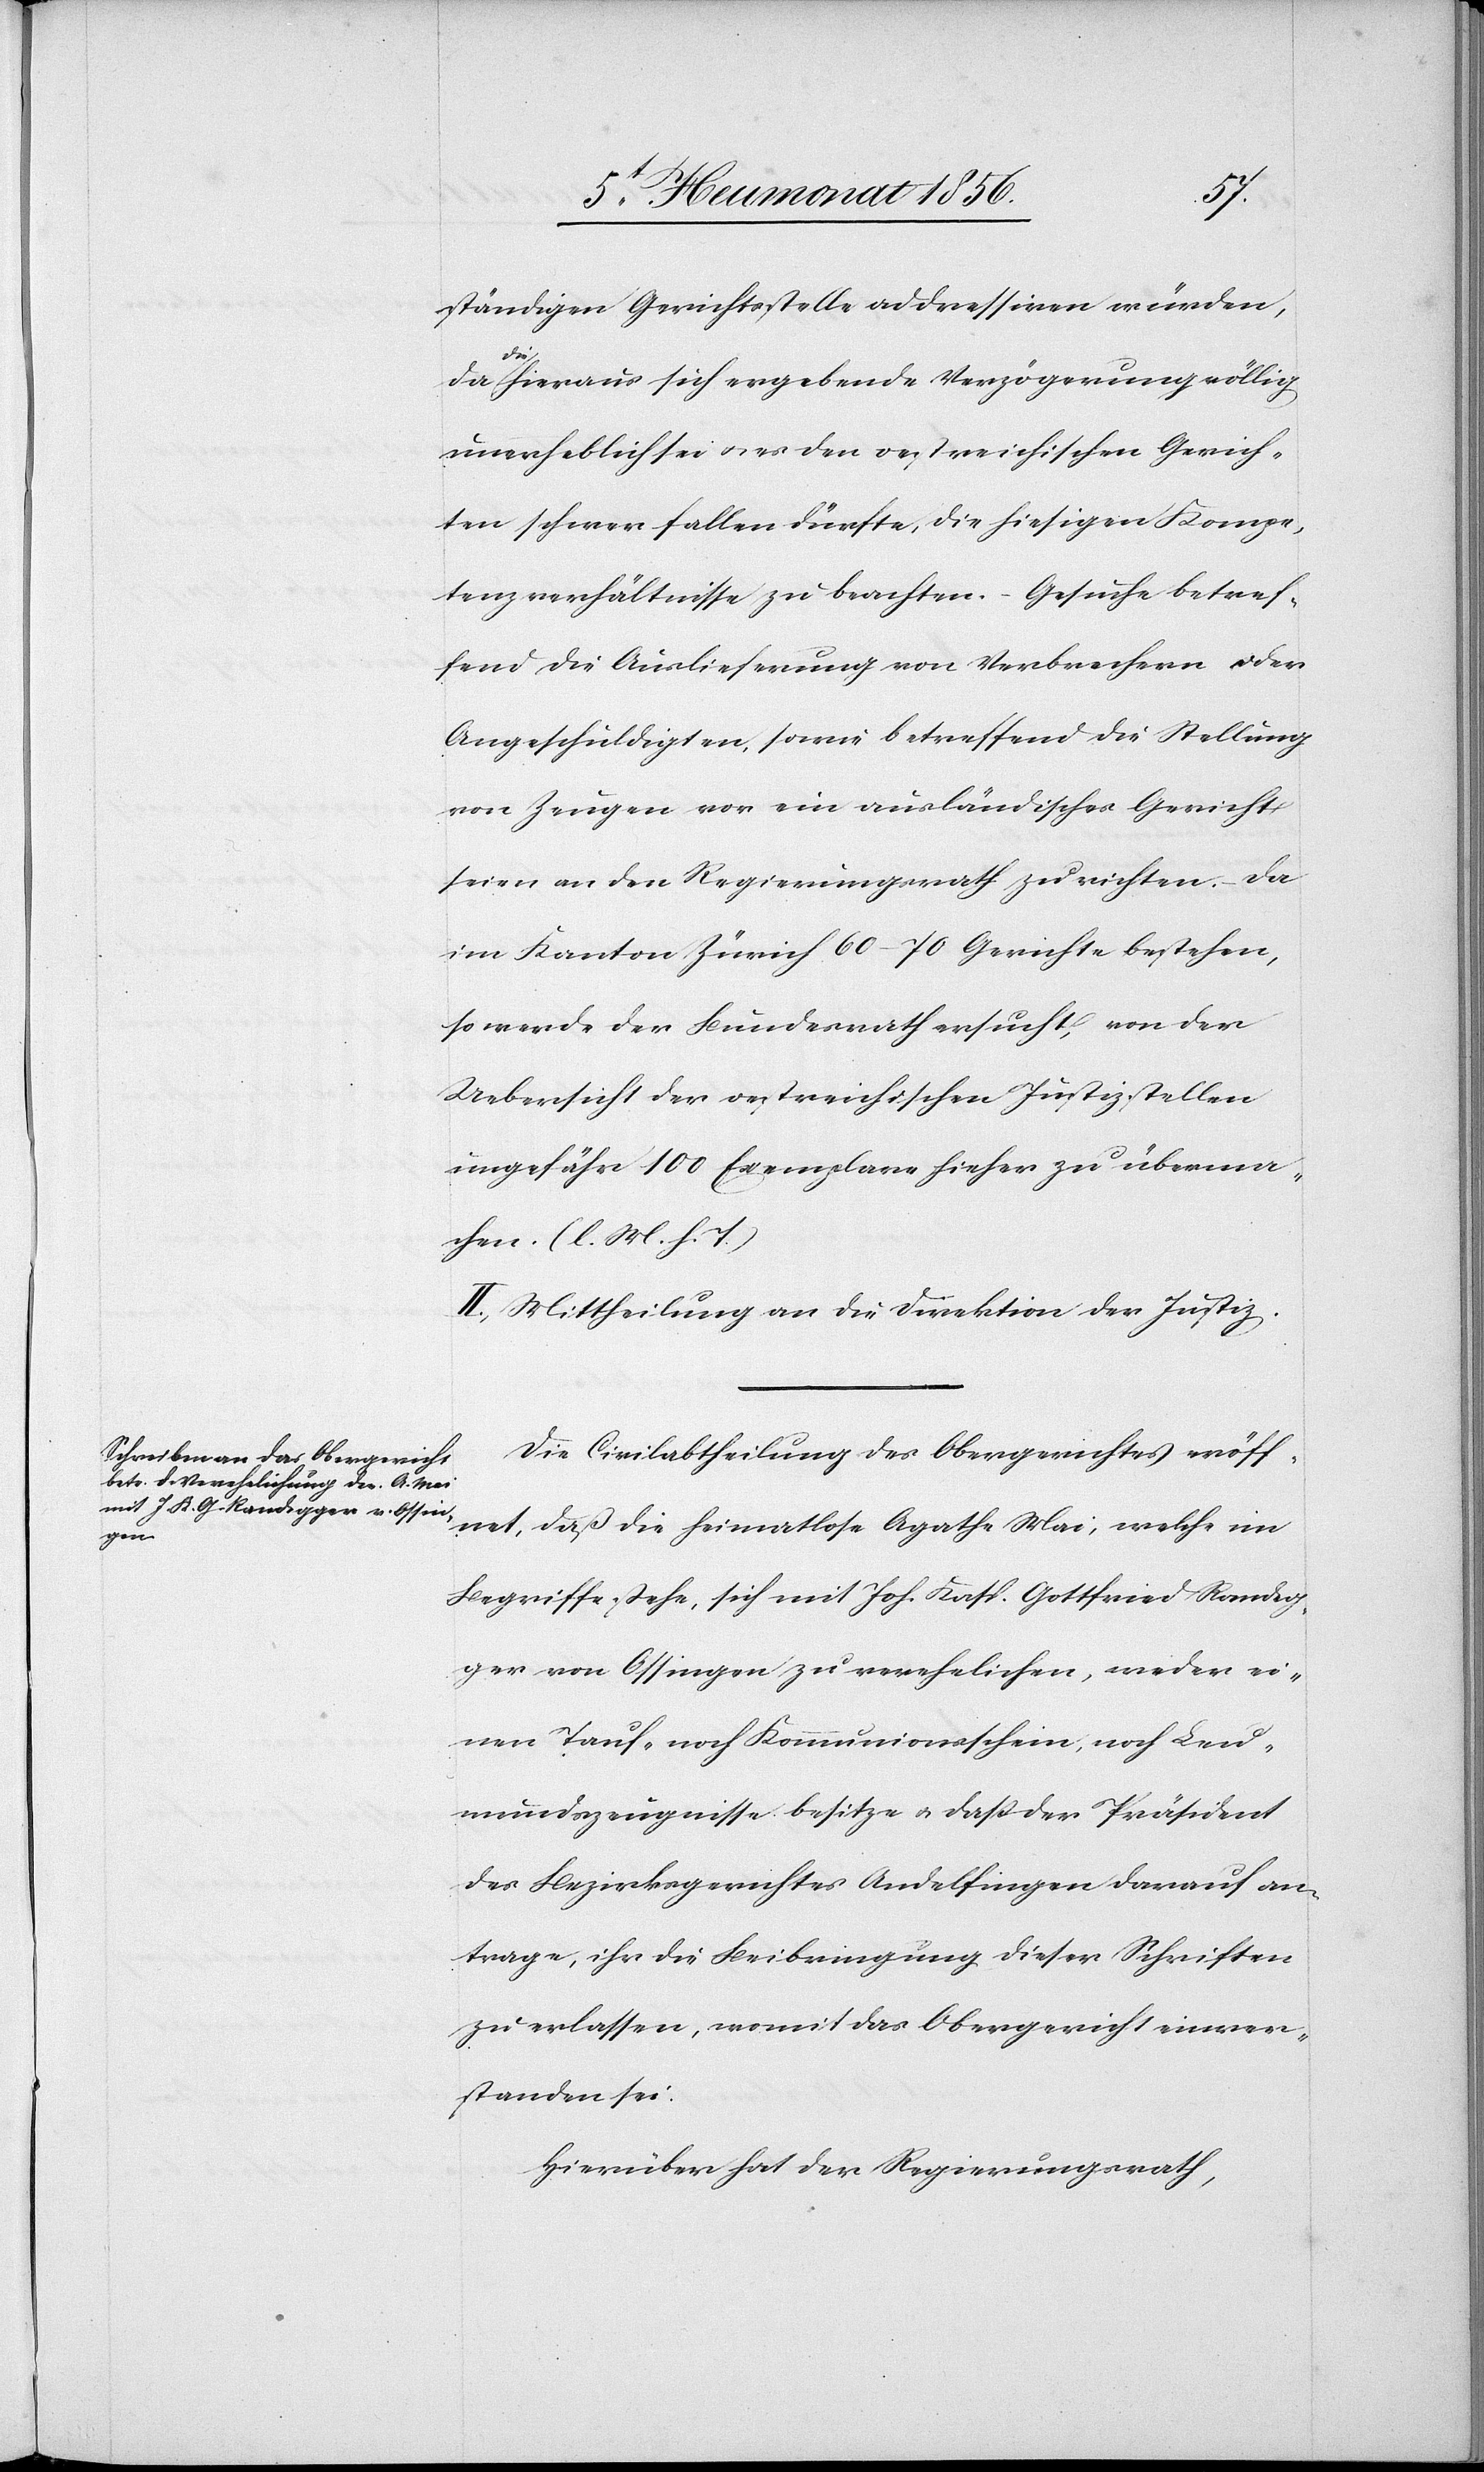
ständigen Gerichtsstelle addressiren würden,
a-di¬
e-a hieraus sich ergebende Verzögerung völlig
unerheblich sei u. es den oestreichischen Gerich¬
ten schwer fallen dürfte, die hiesigen Kompe¬
tenzverhältnisse zu beachten. – Gesuche betref¬
fend die Auslieferung von Verbrechern oder
Angeschuldigten, sowie betreffend die Stellung
von Zeugen vor ein ausländisches Gericht
seien an den Regierungsrath zu richten. – Da
im Kanton Zürich 60–70 Gerichte bestehen,
so werde der Bundesrath ersucht, von der
Uebersicht der oestreichischen Justizstellen
ungefähr 100 Exemplare hieher zu überma¬
chen. (l. M. h. T.)
II.) Mittheilung an die Direktion der Justiz.
Die Civilabtheilung des Obergerichtes eröff¬
net, daß die heimatlose Agathe Mai, welche im
Begriffe stehe, sich mit Joh. Kasp. Gottfried Randeg¬
ger von Ossingen zu verehelichen, weder ei¬
nen Tauf- noch Kommunionsschein, noch Leu¬
mundszeugnisse besitze u. dass der Präsident
des Bezirksgerichtes Andelfingen darauf an¬
trage, ihr die Beibringung dieser Schriften
zu erlassen, womit das Obergericht einver¬
standen sei.
Hierüber hat der Regierungsrath,